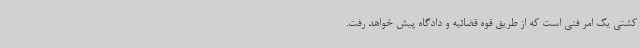
کشتی یک امر فنی است که از طریق قوه قضائیه و دادگاه پیش خواهد رفت.